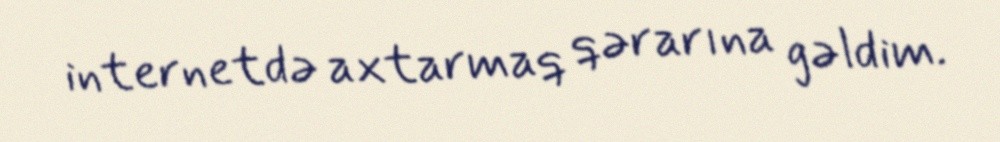
internetdə axtarmaq qərarına gəldim.